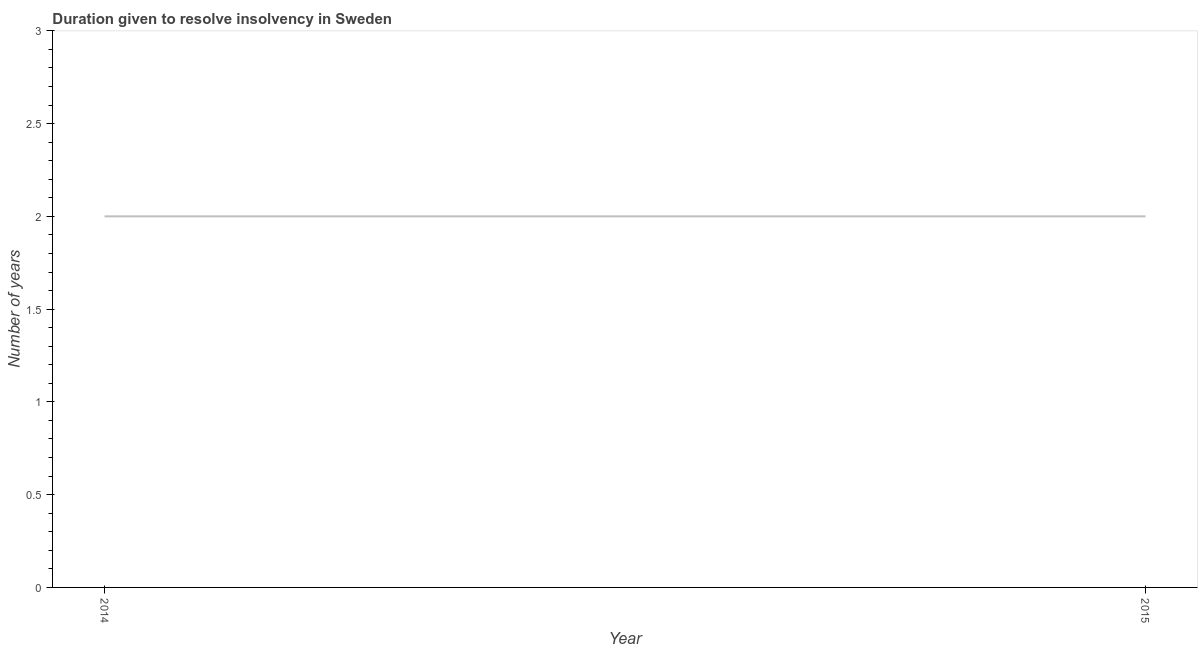
| Year | Resolve insolvency |
 | --- | --- |
 | 2014 | 2 |
 | 2015 | 2 |